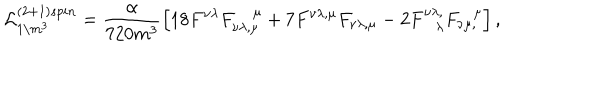
{ \cal L } _ { 1 / m ^ { 3 } } ^ { ( 2 + 1 ) s p i n } = \frac { \alpha } { 7 2 0 m ^ { 3 } } \left[ 1 8 F ^ { \nu \lambda } F _ { \nu \lambda , \mu } ^ { ~ \mu } + 7 F ^ { \nu \lambda , \mu } F _ { \nu \lambda , \mu } - 2 F _ { \lambda } ^ { \nu \lambda , } F _ { \nu \mu , } ^ { \mu } \right] ,